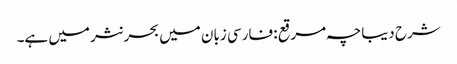
شرح دیباچہ مرقع : فارسی زبان میں بحر نثر میں ہے۔